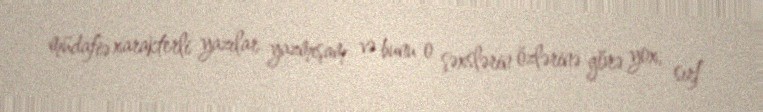
müdafiə xarakterli yazılar yazmışam və bunu o şəxslərin özlərinə görə yox, sırf